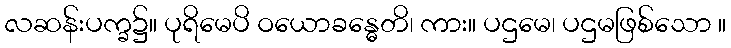
လဆန်းပက္ခ၌။ ပုရိမေပိ ဝယောခန္ဓေတိ၊ ကား။ ပဌမေ၊ ပဌမဖြစ်သော ။